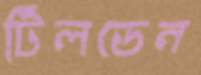
টিলডেন